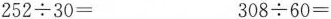
$$2 5 2 \div 3 0 =$$ $$3 0 8 \div 6 0 =$$